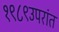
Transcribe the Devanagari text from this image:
१९८९उपरांत